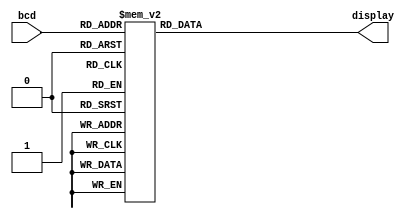
`timescale 1ns / 1ps
//////////////////////////////////////////////////////////////////////////////////
// Company:
// Engineer:
//
// Design Name:
// Module Name:    BCDto7SegmentDecoder
// Project Name:
// Target Devices:
// Tool versions:
// Description:
//
// Dependencies:
//
// Revision:
// Revision 0.01 - File Created
// Additional Comments:
//
//////////////////////////////////////////////////////////////////////////////////
module BCDto7SegmentDecoder(
   input [3:0] bcd,
   output reg [6:0] display
   );

always @ (*) begin
	case (bcd)
		4'd0: display = 7'b1111110;
      4'd1: display = 7'b0110000;
      4'd2: display = 7'b1101101;
      4'd3: display = 7'b1111001;
      4'd4: display = 7'b0110011;
      4'd5: display = 7'b1011011;
      4'd6: display = 7'b1011111;
      4'd7: display = 7'b1110000;
      4'd8: display = 7'b1111111;
      4'd9: display = 7'b1111011;
		4'd10: display = 7'b0000001;
		default: display = 7'b0000000;
	endcase
end

endmodule